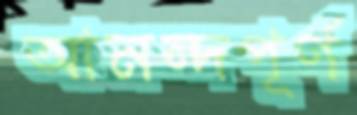
আনন্দপূর্ণ